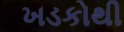
ખડકોથી